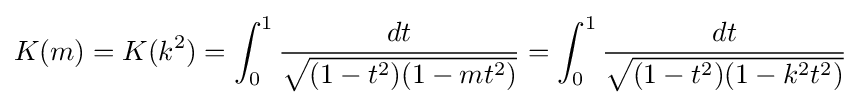
K(m)=K(k^{2})=\int _{0}^{1}{\frac {dt}{\sqrt {(1-t^{2})(1-mt^{2})}}}=\int _{0}^{1}{\frac {dt}{\sqrt {(1-t^{2})(1-k^{2}t^{2})}}}